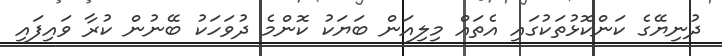
ދުނިޔޭގެ ކަންކޮޅުތަކުގައި އެތައް މިލިއަން ބަޔަކު ކޮންމެ ދުވަހަކު ބޭނުން ކުރާ ވައިފައި